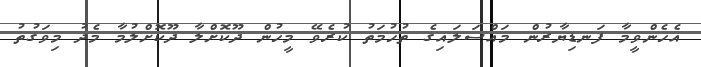
އެހެންވީމާ ފަނޑިޔާރުން މައްސަލައިގެ ތުހުމަތު ކުރެވޭ މީހުން ދޫކޮށްލާ ދޫކޮށްލުމާ މެދު މިވަގުތު